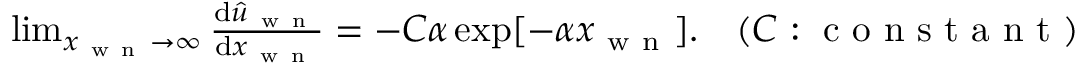
\begin{array} { r } { \operatorname* { l i m } _ { x _ { \mathrm { ~ w ~ n ~ } } \to \infty } \frac { \mathrm { d } \hat { u } _ { \mathrm { ~ w ~ n ~ } } } { \mathrm { d } x _ { \mathrm { ~ w ~ n ~ } } } = - C \alpha \exp [ - \alpha x _ { \mathrm { ~ w ~ n ~ } } ] . \quad ( C \mathrm { ~ : ~ c ~ o ~ n ~ s ~ t ~ a ~ n ~ t ~ } ) } \end{array}